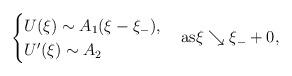
LaTeX: \begin{align*}\begin{cases}U(\xi) \sim A_{1}(\xi-\xi_{-}),\\U'(\xi) \sim A_{2}\end{cases}{\rm{as}} \xi \searrow \xi_{-}+0,\end{align*}